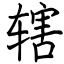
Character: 辖